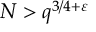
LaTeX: N > q ^ { 3 / 4 + \varepsilon }